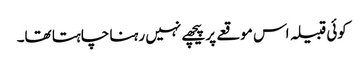
کوئی قبیلہ اس موقعے پر پیچھے نہیں رہنا چاہتا تھا۔